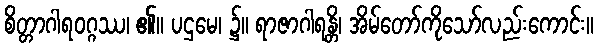
စိတ္တာဂါရဝဂ္ဂဿ၊ ၏။ ပဌမေ၊ ၌။ ရာဇာဂါရန္တိ၊ အိမ်တော်ကိုသော်လည်းကောင်း။